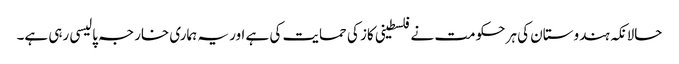
حالانکہ ہندوستان کی ہر حکومت نے فلسطینی کاز کی حمایت کی ہے اور یہ ہماری خارجہ پالیسی رہی ہے۔